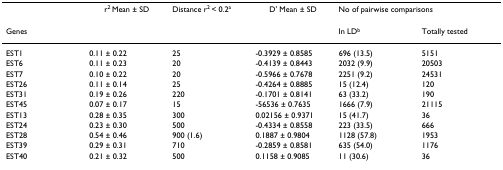
<table><thead><tr><td></td><td><b>r<sup>2 </sup>Mean ± SD</b></td><td><b>Distance r<sup>2 </sup>&lt; 0.2<sup>a</sup></b></td><td><b>D&#x27; Mean ± SD</b></td><td colspan="2"><b>No of pairwise comparisons</b></td></tr><tr><td><b>Genes</b></td><td></td><td></td><td></td><td><b>In LD<sup>b</sup></b></td><td><b>Totally tested</b></td></tr></thead><tbody><tr><td>EST1</td><td>0.11 ± 0.22</td><td>25</td><td>-0.3929 ± 0.8585</td><td>696 (13.5)</td><td>5151</td></tr><tr><td>EST6</td><td>0.11 ± 0.23</td><td>20</td><td>-0.4139 ± 0.8443</td><td>2032 (9.9)</td><td>20503</td></tr><tr><td>EST7</td><td>0.10 ± 0.22</td><td>20</td><td>-0.5966 ± 0.7678</td><td>2251 (9.2)</td><td>24531</td></tr><tr><td>EST26</td><td>0.11 ± 0.14</td><td>25</td><td>-0.4264 ± 0.8885</td><td>15 (12.4)</td><td>120</td></tr><tr><td>EST31</td><td>0.19 ± 0.26</td><td>220</td><td>-0.1701 ± 0.8141</td><td>63 (33.2)</td><td>190</td></tr><tr><td>EST45</td><td>0.07 ± 0.17</td><td>15</td><td>-56536 ± 0.7635</td><td>1666 (7.9)</td><td>21115</td></tr><tr><td>EST13</td><td>0.28 ± 0.35</td><td>300</td><td>0.02156 ± 0.9371</td><td>15 (41.7)</td><td>36</td></tr><tr><td>EST24</td><td>0.23 ± 0.30</td><td>500</td><td>-0.4334 ± 0.8558</td><td>223 (33.5)</td><td>666</td></tr><tr><td>EST28</td><td>0.54 ± 0.46</td><td>900 (1.6)</td><td>0.1887 ± 0.9804</td><td>1128 (57.8)</td><td>1953</td></tr><tr><td>EST39</td><td>0.29 ± 0.31</td><td>710</td><td>-0.2859 ± 0.8581</td><td>635 (54.0)</td><td>1176</td></tr><tr><td>EST40</td><td>0.21 ± 0.32</td><td>500</td><td>0.1158 ± 0.9085</td><td>11 (30.6)</td><td>36</td></tr></tbody></table>